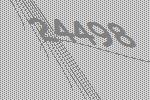
24498